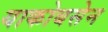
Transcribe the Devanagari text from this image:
याकोबसेन